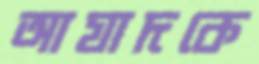
আযাদকে